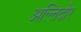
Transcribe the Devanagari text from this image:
अल्तिदोर